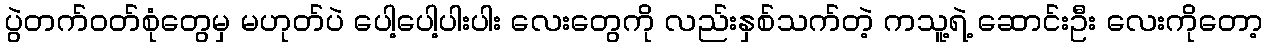
ပွဲတက်ဝတ်စုံတွေမှ မဟုတ်ပဲ ပေါ့ပေါ့ပါးပါး လေးတွေကို လည်းနှစ်သက်တဲ့ ကသူ့ရဲ့ ဆောင်းဦး လေးကိုတော့